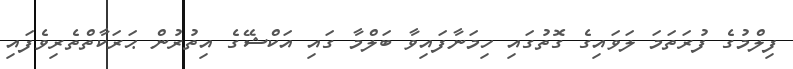
ފިލްމުގެ ފުރަތަމަ ލަވައިގެ ގޮތުގައި ހިމަނާފައިވާ ބަލްމާ ގައި އަކްޝޭގެ އިތުރުން ޙަރަކާތްތެރިވެފައި